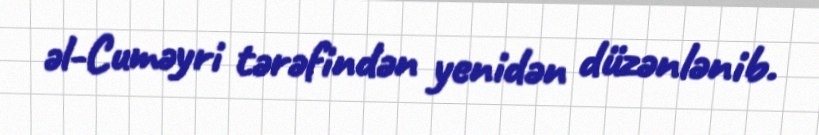
əl-Cuməyri tərəfindən yenidən düzənlənib.